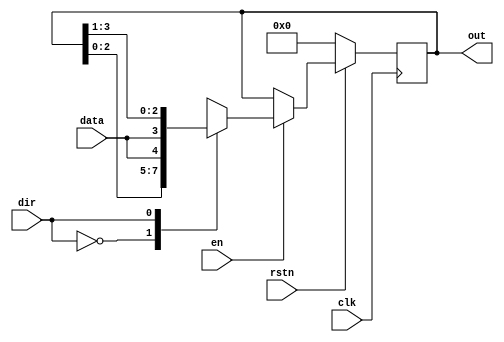
`timescale 1ns / 1ps
//////////////////////////////////////////////////////////////////////////////////
// 
// Created by Yagiz YAGMUR
// Module Name: shiftreg
// Description: 4-bit Bidirectional Shift Register
// 
//////////////////////////////////////////////////////////////////////////////////

module shiftreg(
    input clk, //Clock signal
    input data, //Data input
    input en, //Active-1 Enable
    input dir, //Direction input
    input rstn, //Active-0 Reset
    output reg [3:0] out //Output
    );
    
    always @(posedge clk)begin
        if(!rstn) out <= 0; //Reset
        else begin
            if(en) //Checks enable
                case(dir) //Selects direction
                    0: out <= {out[2:0], data};
                    1: out <= {data, out[3:1]};
                endcase
            else out <= out;  
        end
    end
    
endmodule